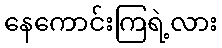
နေကောင်းကြရဲ့လား